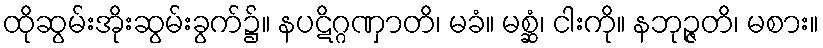
ထိုဆွမ်းအိုးဆွမ်းခွက်၌။ နပဋိဂ္ဂဏှာတိ၊ မခံ။ မစ္ဆံ၊ ငါးကို။ နဘုဉ္ဇတိ၊ မစား။